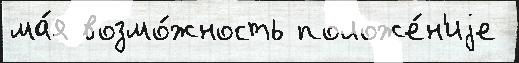
ма́я возмо́жность положе́н'иjе